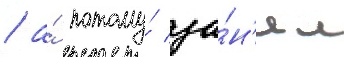
/ а́ потому́ за́н'ял